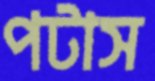
পটাস